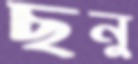
ছনু